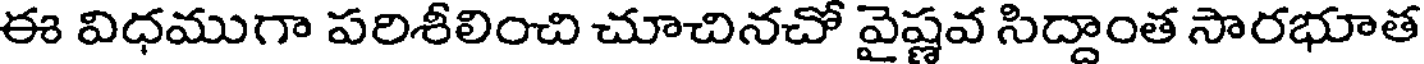
ఈ విధముగా పరిశీలించి చూచినచో వైష్ణవ సిద్దాంత సారభూత